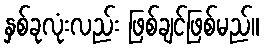
နှစ်ခုလုံးလည်း ဖြစ်ချင်ဖြစ်မည်။